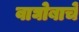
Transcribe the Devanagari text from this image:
वाघोबाचे